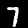
Digit: 7